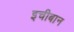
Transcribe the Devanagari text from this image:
इचीबान